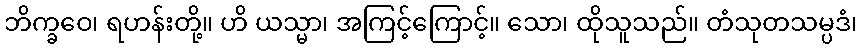
ဘိက္ခဝေ၊ ရဟန်းတို့။ ဟိ ယသ္မာ၊ အကြင့်ကြောင့်။ သော၊ ထိုသူသည်။ တံသုတသမ္ပဒံ၊